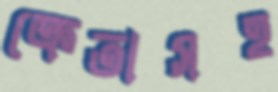
ক্রেতাসহ